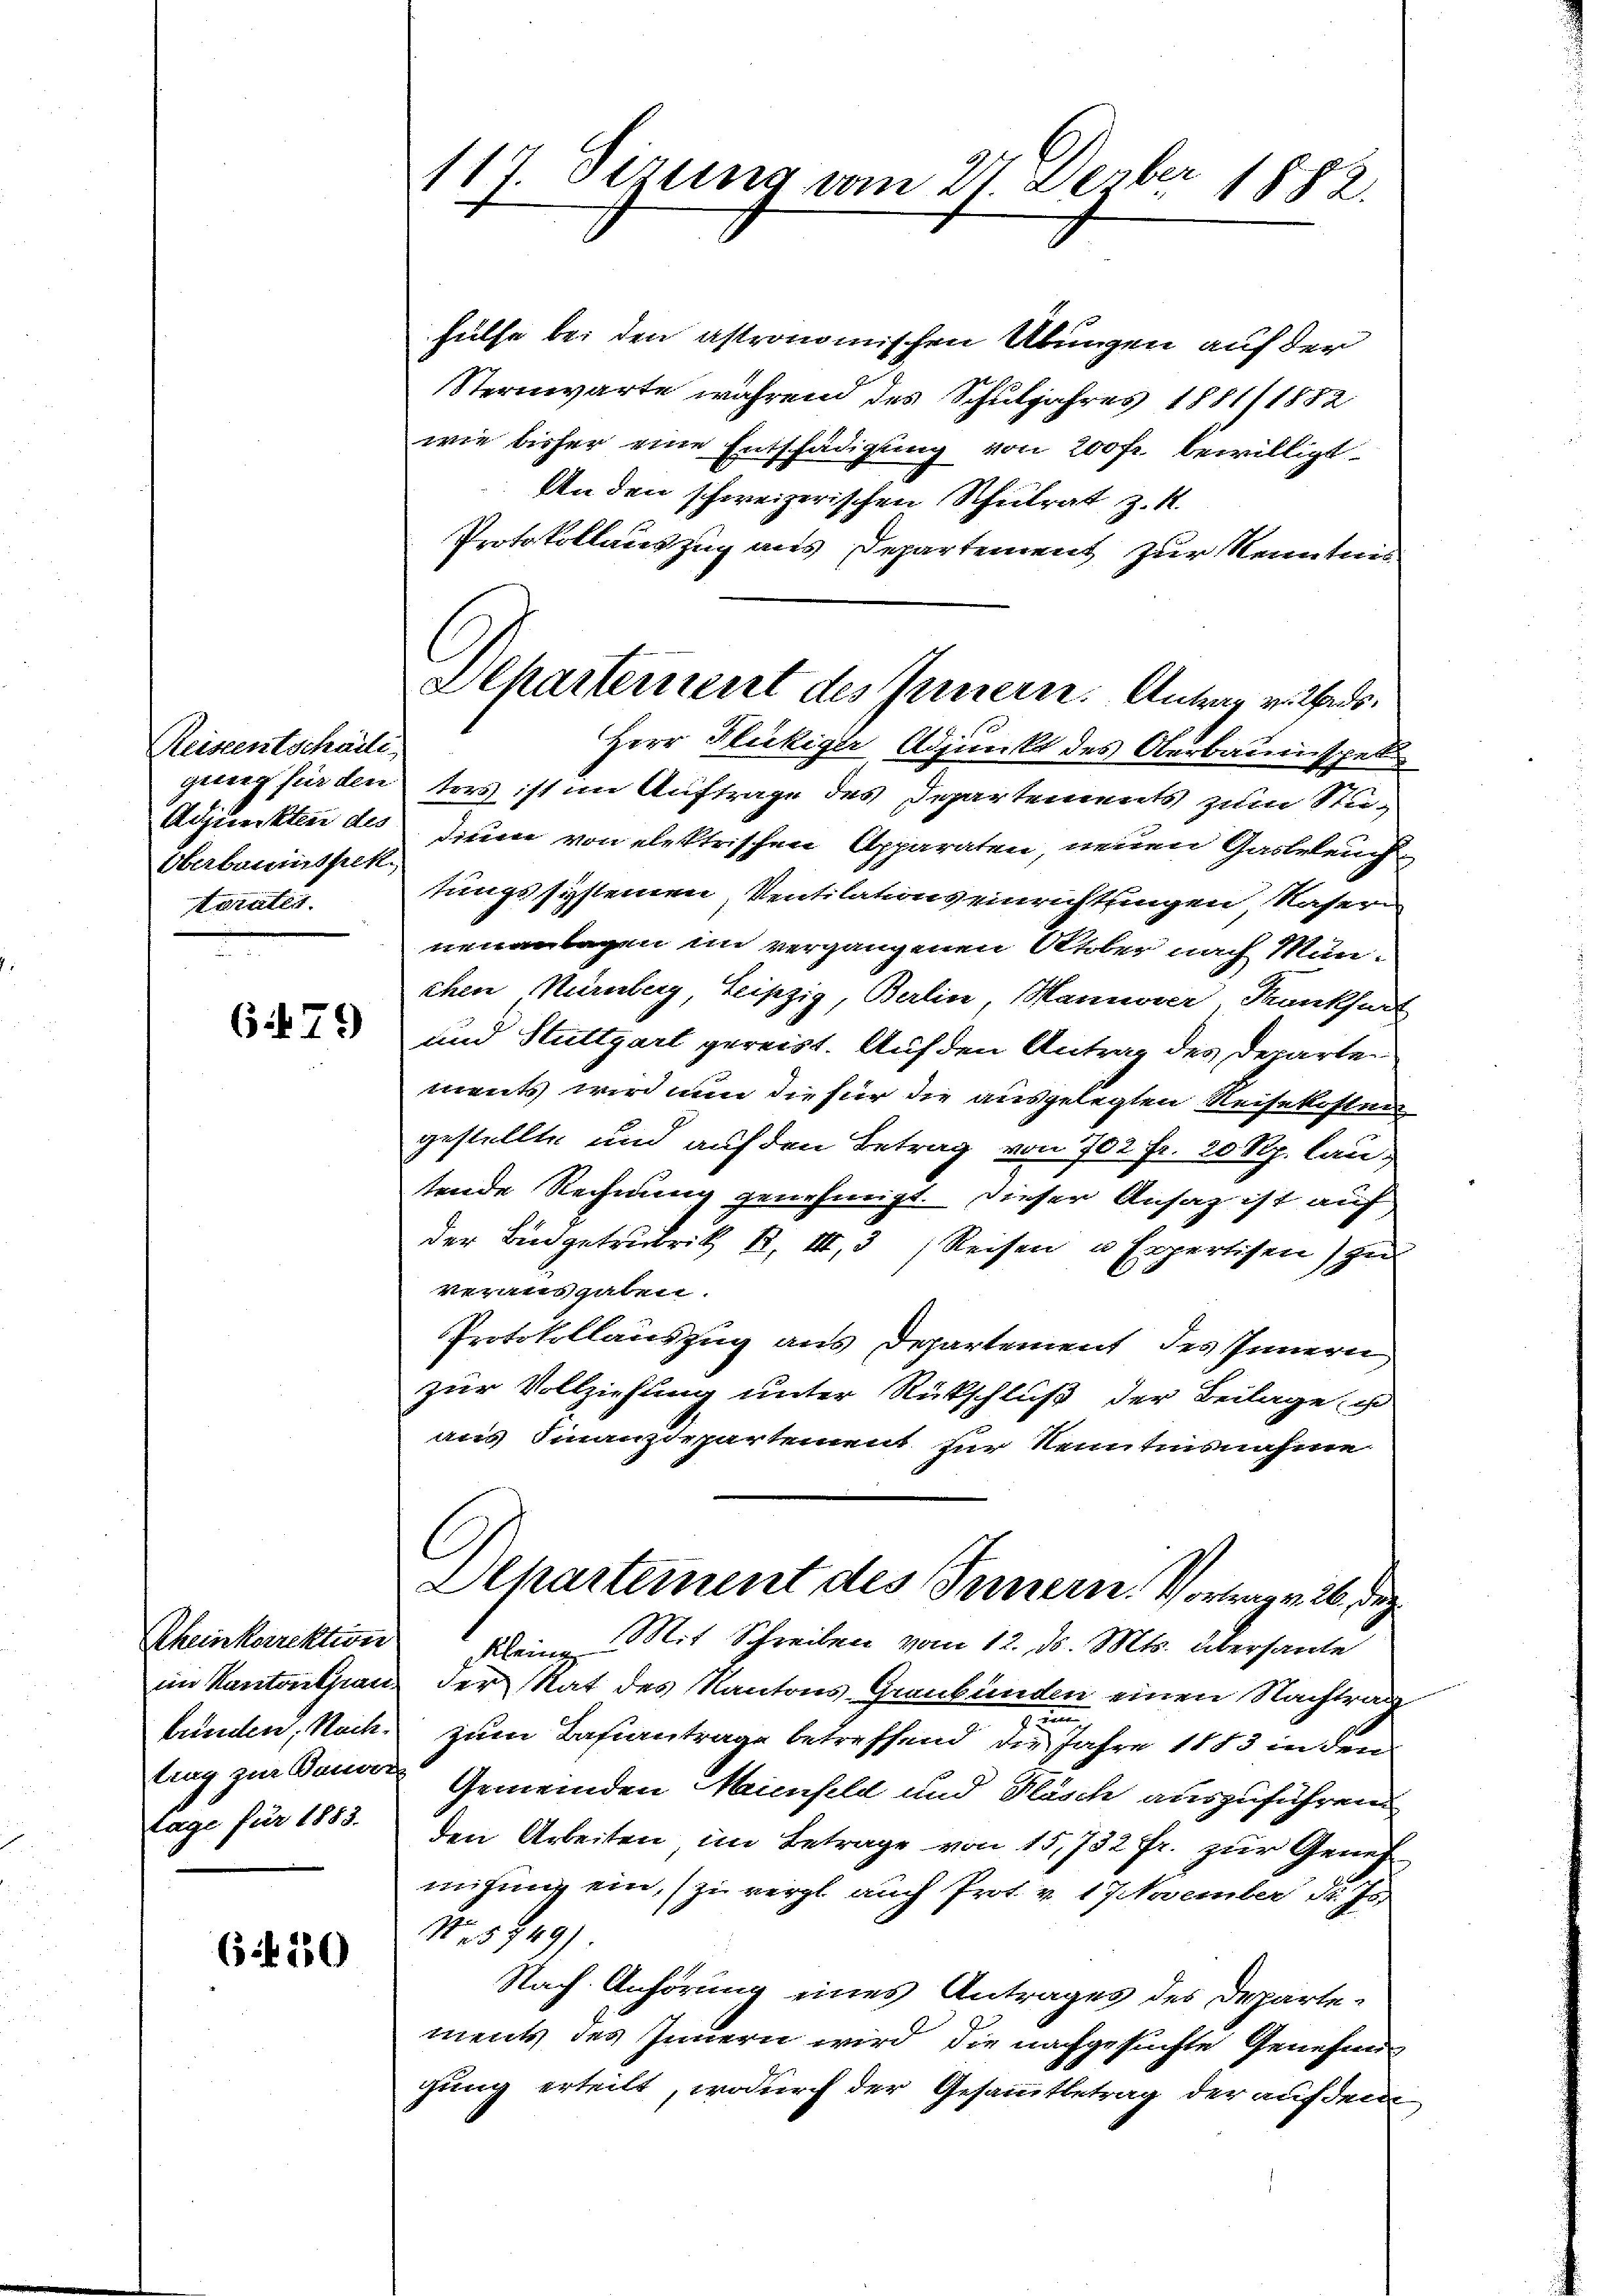
Reiseentschädli
gung für den
Adjunkten des
Überbauinspek
Kurates.

(179

Rheinkorrektion
im Kantonsran
brünten, Nachting zur Bauver
tage für 1883.

6.50

117. Sizung vom 27. Derber 1882.

hülfe bei den astronomischen Übungen auf der
Sternwarte während des Schuljahres 1881/1882
wie bisher eine Entschädigung von 200fr. bewilligt.
An den schweizerischen Schulrat z. R.
Protokollauszug aus Departement zur Kenntnis
ters ist im Auftrage des Departements zum Stu-
dienen von elektrischen Apparaten, neuen Gasbeleuch
tungssystemen, Ventilationseinrichtungen Kaser
neuanlagen im vergangenen Aber nach Mün-
chen Nürnberg, Leipzig, Berlin Mannerer Krankfurt
und Stuttgart gereist. Auf den Antrag des derarte
ments wird nun die für die ausgelegten Reisekosten
gestellte und auf den Betrag von 702 fr. 20 Rp. lautende Rechnung genehmigt. Dieser Ansag ist auf
der Bingetrubrik B. III, 3
Reisen u. Expertisen) zu
verausgaben.
Protokollauszug aus Departement des Innern
zur Vollziehung unter Rückschluß der Beilage i
aus Finanzdepartement für Kenntnisnahme
Alhartement des Innern Vortrag v. 26. Dez.
Kleine Mit Schreiben vom 12. d. Mts. übersante
der Rat des Kantons-Graubünden einen Nachtrag
m
zum Bahiantrage betreffend die Jahre 1883 in den
Gemeinden Minfeld und Flasch auszuführen.
den Arbeiten im Betrage von 15,732 Fr. zur Geneh
migung ein, zu vergl. auch Prot. v. 17 November d. Js
Nr. 5749)
Nach Anhörung eines Antrages des Departements des Innern wird die nachgesuchte Genehmig
gung erteilt, wodurch der Gesammtbetrag der auf dem

Departernert des Innern. Antrag v. Rads.
Herr Flückiger Adjunkt des Aerbaunischel